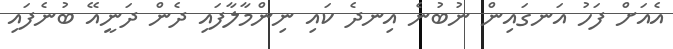
އެއަށް ފަހު އަނގައިން ނުބުނެ އިނދެ ކައި ނިންމާލާފައި ދެން ދަނީއޭ ބުނެފައި